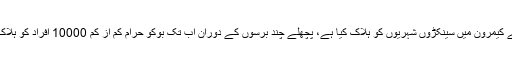
بوکو حرام نے کیمرون میں سینکڑوں شہریوں کو ہلاک کیا ہے، پچھلے چند برسوں کے دوران اب تک بوکو حرام کم از کم 10000 افراد کو ہلاک کرچکا ہے۔